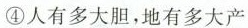
④人有多大胆，地有多大产